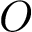
O